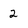
Character: 2